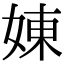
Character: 娻